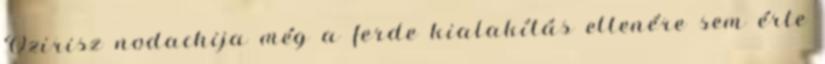
Ozirisz nodachija még a ferde kialakítás ellenére sem érte